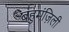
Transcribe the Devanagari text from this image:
बहुमंज़िली